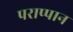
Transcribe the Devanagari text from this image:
पराप्पान